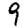
Digit: 9